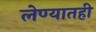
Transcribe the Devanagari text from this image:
लेण्यातही